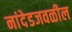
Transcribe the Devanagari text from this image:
नांदेडजवळील